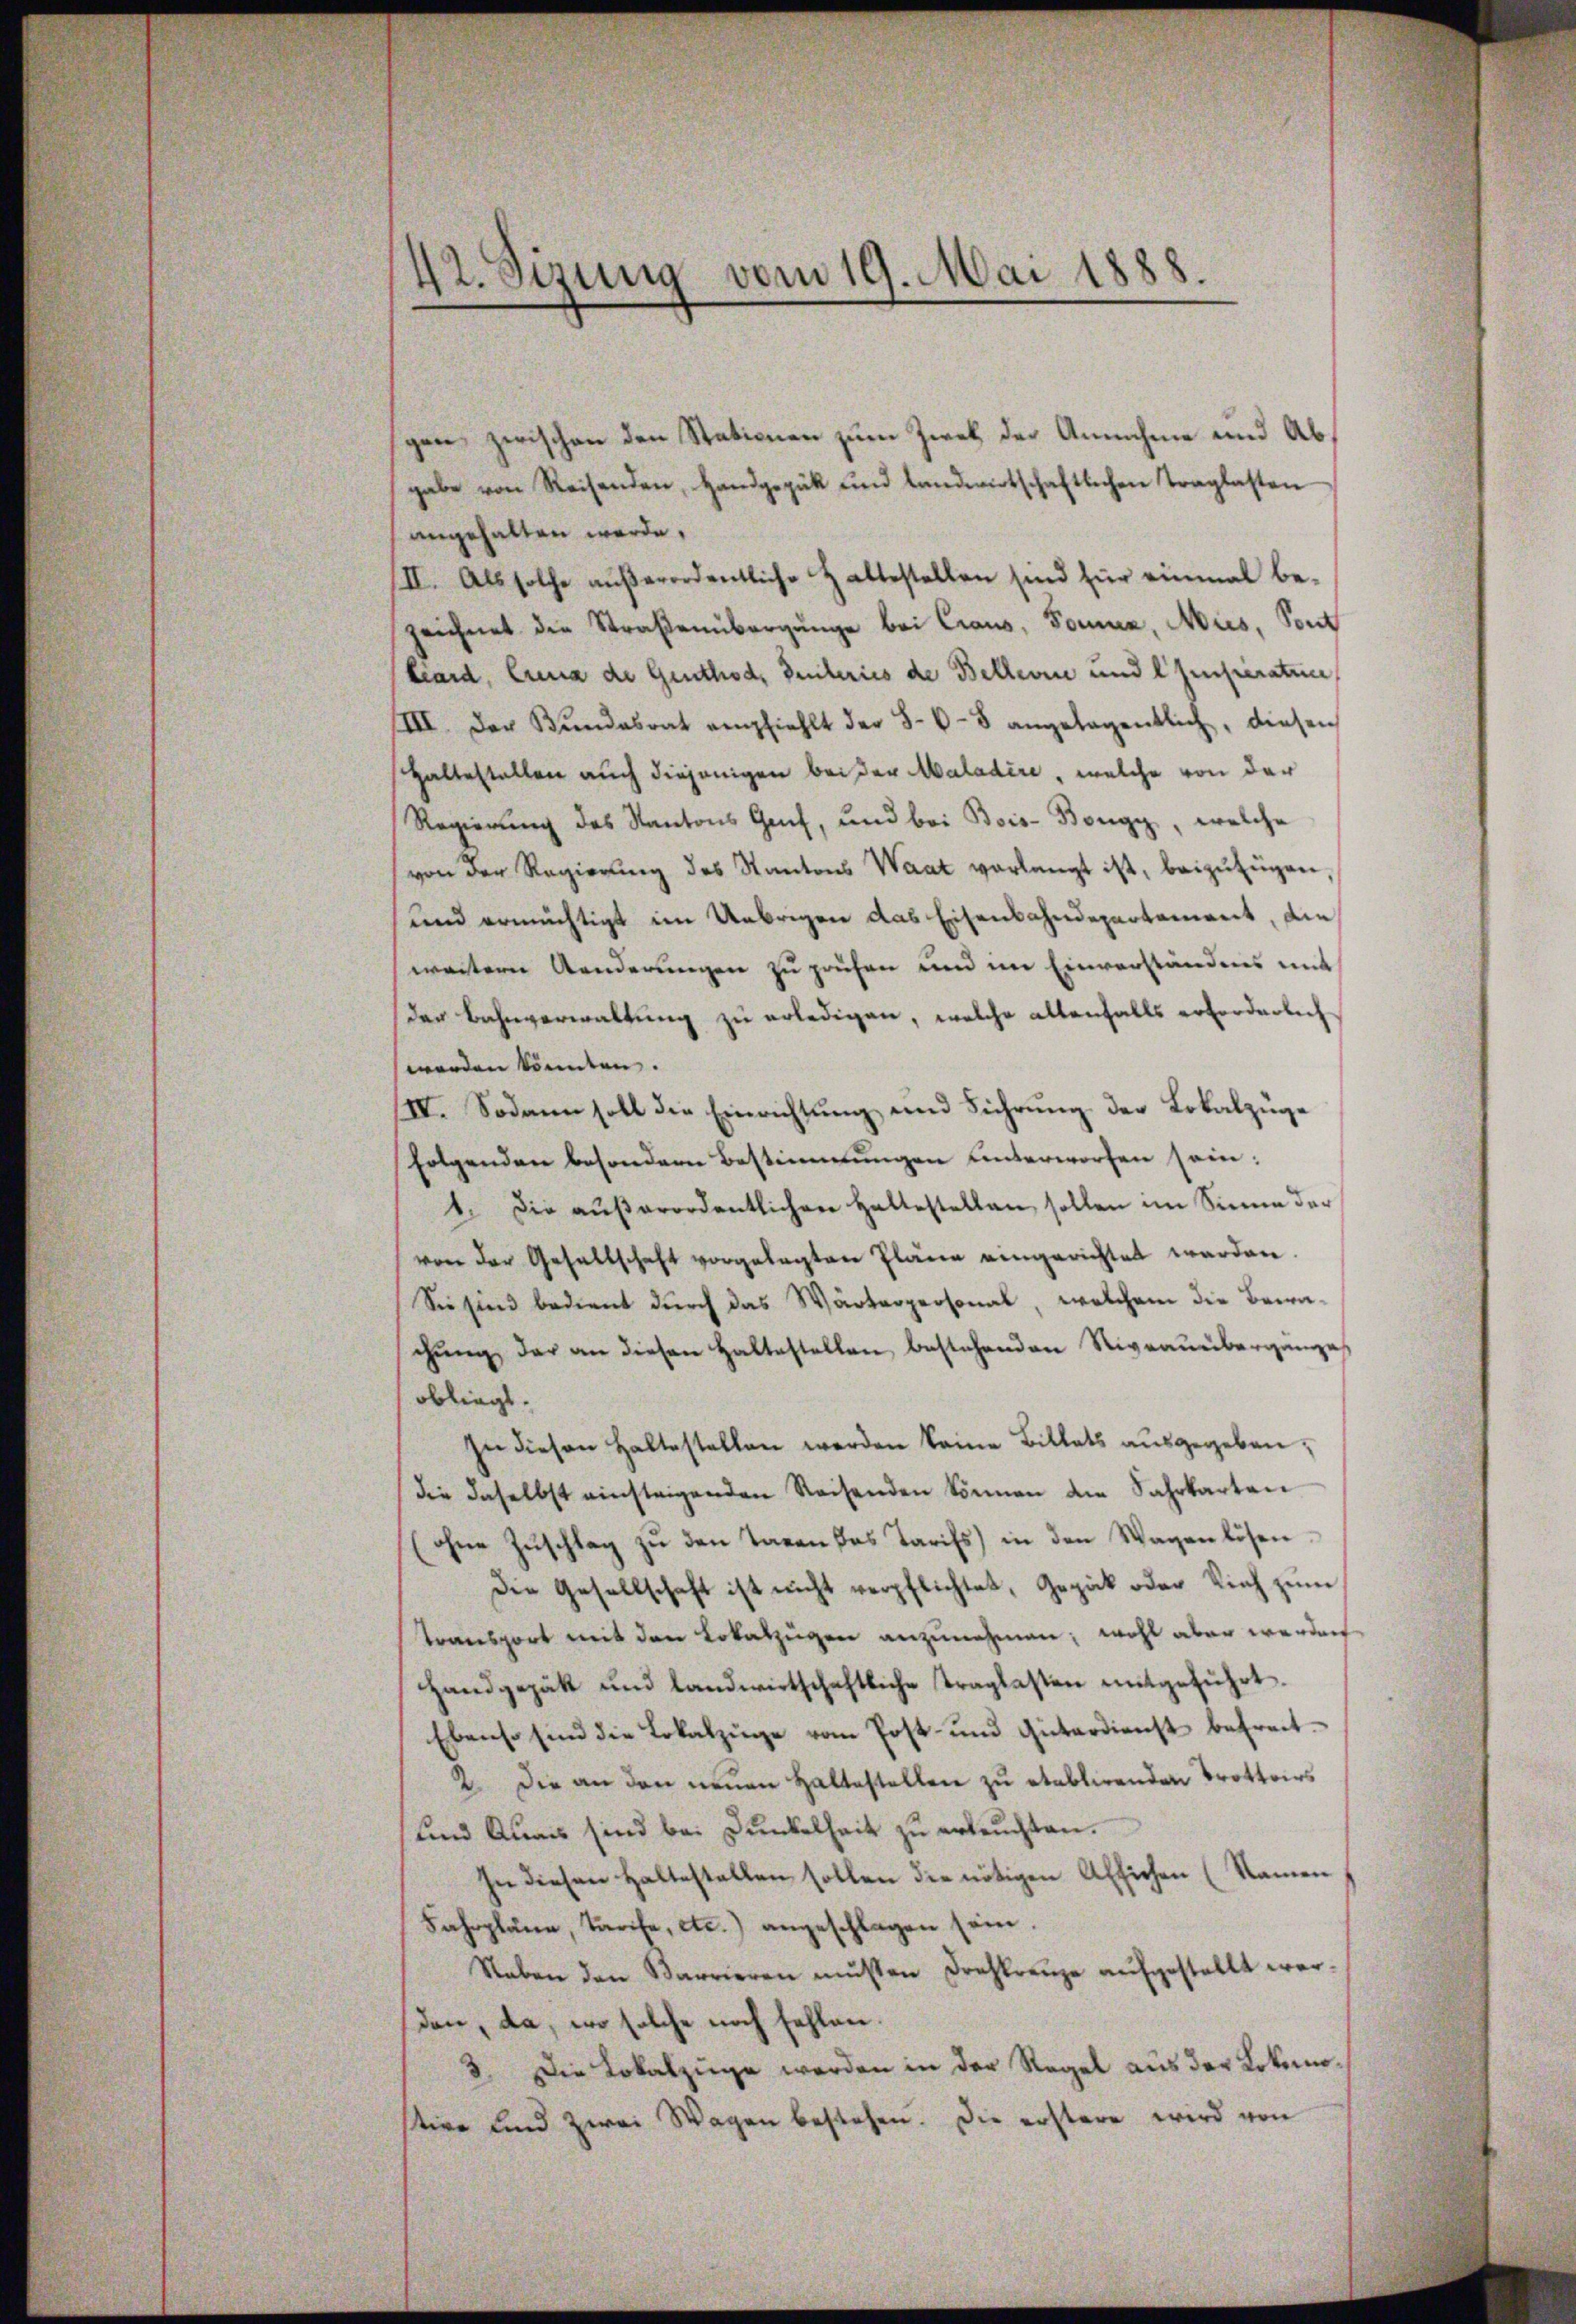
42. Sizung vom 19. Mai 1888.

gen zwischen den Stationen zum Zwek der Annahme und Abgabe von Reisenden, Handgepük und landwirtschaftlichen Traglasten
angehalten werde.
II. Als solche außerordentliche Haltestellen sind für einmal bezeichnet die Straßenübergänge bei Craus, Sonne, Mus, Pont
Liard, Cuna de Genthod, Zeuleries de Bellerin und Imperatun
/III. Der Bŭndesrat empfiehlt der 5-6-8 angelegentlich, diesen
Haltestallen auch diejenigen bei der Maladire, welche von der
Regierung des Kantons Genf, und bei Bois-Bongy, welche
von der Regierŭng des Kantons Waat verlangt ist, beizufügen,
und ermächtigt im Uebrigen das Eisenbahndepartement, die
weitern Aenderungen zu prüfen und im Einverstandes mit
der Bahnverwaltung zu erledigen, welche allenfalls erforderlich
worden könnten.
IV. Sodann soll die Einrichtung und Führung der Lokalzüge
folgenden besondern Bestimmungen unterworfen sein:
4. Die außerordentlichen Haltestellen sollen im Sinne der
von der Gesellschaft vorgelegten Pläne eingerichtet werden.
Sie sind bedient durch das Wärterpersonal, welchem die Bewa-
chŭng der an diesen Haltestellen bestehenden Niveauüberganges
obliegt.
In diesen haltestellen werden keine Billets ausgegeben,
die daselbst einsteigenden Reisenden können die Fahrbarten
(ohne Zuschlag zu den Tagen das Tarifs) in den Wagen lösen.
Die Gesellschaft ist nicht verpflichtet, Gepäck oder Vieh zum
Transport mit den Lokalzügen anzunehmen; wohl aber werden
Handgegäk und landwirtschaftliche Traglasten mitgeführt.
Ebenso sind die Lokalzüge vom Post- und Güterdienst befreit
2. Die an den neuen Haltestellen zu etablirenden Trottoirs
und Quais sind bei Dunkelheit zu erleuchten.
In diesen haltestellen sollen die nötigen Affichen (Namen
Fahrpläne, Tarife, etc.) angeschlagen sein.
Raben den Karrieren müssen Drehkreuze aŭfgestellt wer-
den, da, wo solche noch fehlen.
3. Die Lokalzüge werden in der Regel aus der Lokomostire und zwei Wagen bestehen. Die erstere wird von